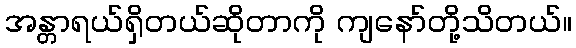
အန္တာရယ်ရှိတယ်ဆိုတာကို ကျနော်တို့သိတယ်။